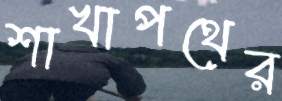
শাখাপথের